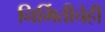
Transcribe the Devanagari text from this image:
निर्मितीचेही